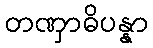
တဏှာဓိပန္နာ